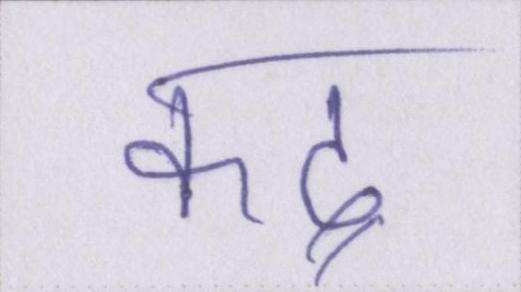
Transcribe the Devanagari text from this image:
कद्र